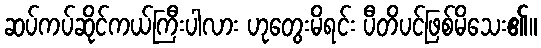
ဆပ်ကပ်ဆိုင်ကယ်ကြီးပါလား ဟုတွေးမိရင်း ပီတိပင်ဖြစ်မိသေး၏။